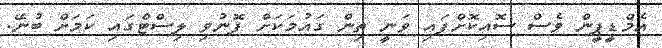
އެމްޑީޕީން ވެސް ސޮއިކޮށްފައި ވަނީ ތިން ގައުމަކަށް ފޮނުވި ލިސްޓްގައި ކަމަށް ބުނޭ.